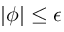
\lvert \phi \rvert \leq \epsilon